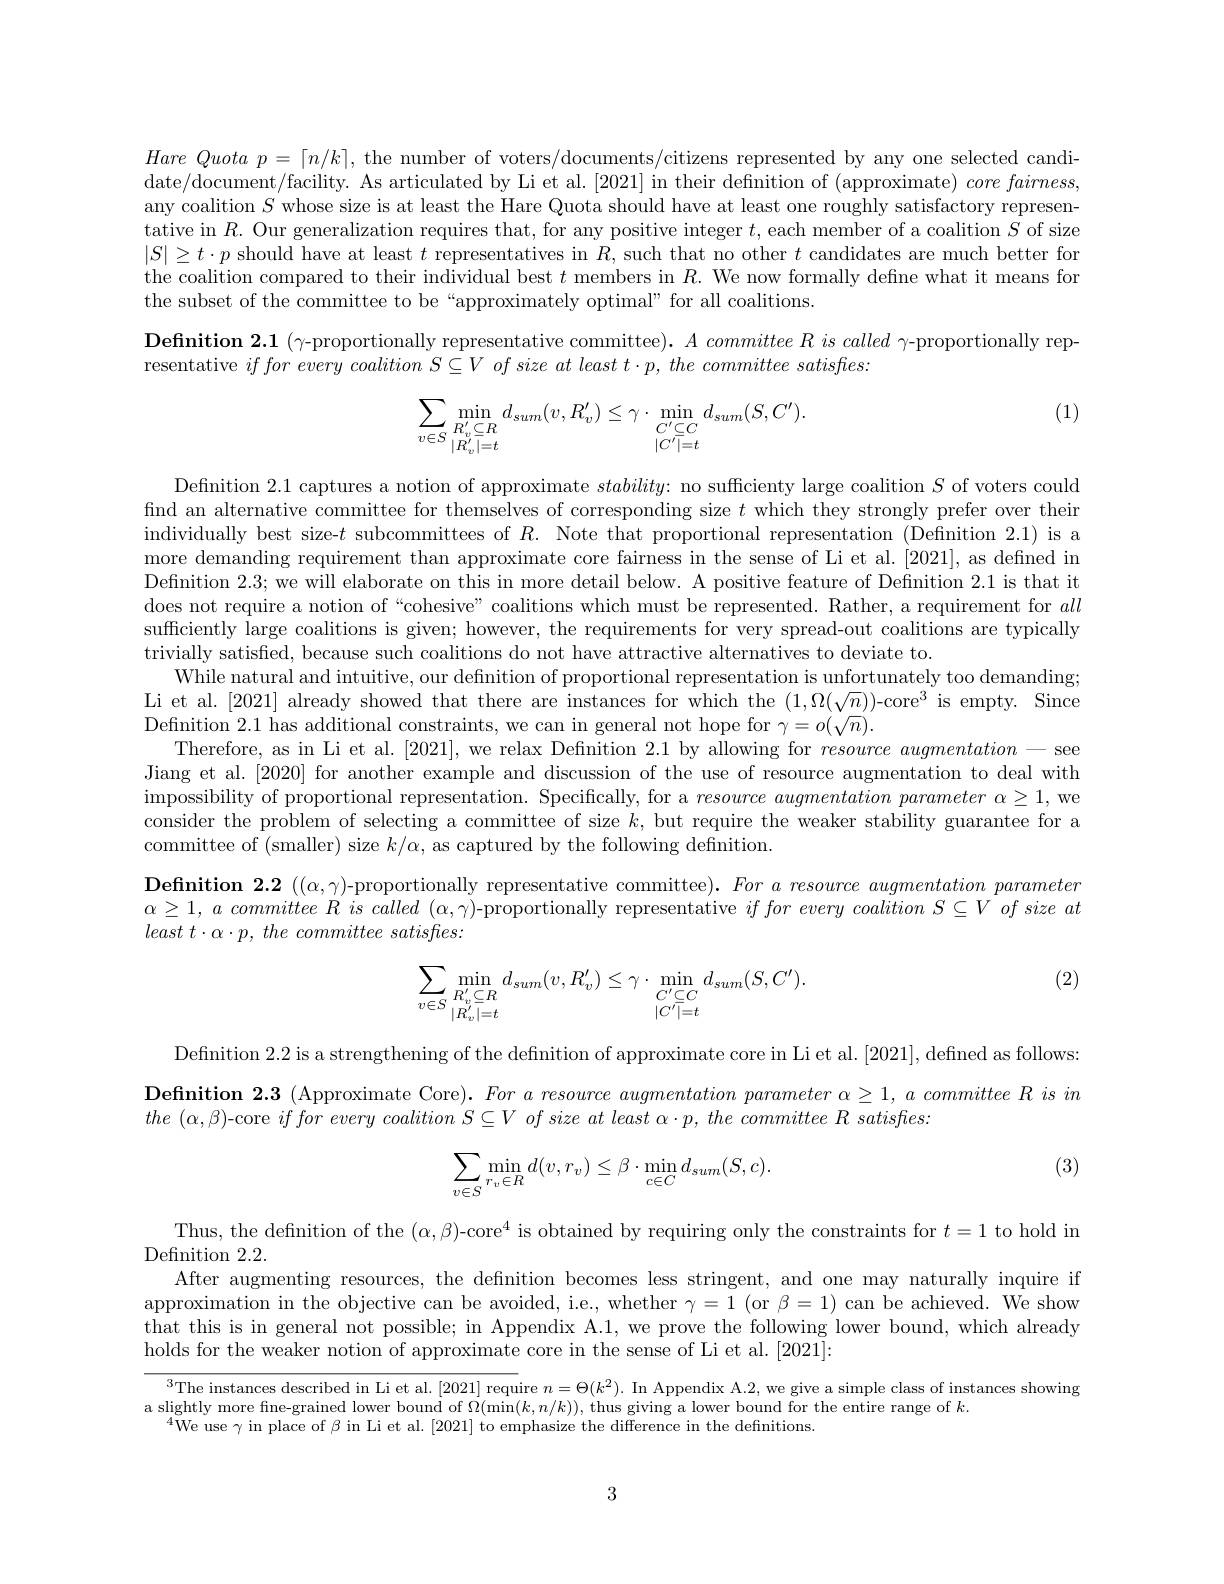
$HareQuotap=\lceil n/k\rceil$, the number of voters/documents/citizens represented by any one selected candidate/ document/ facility. As articulated by Li et al. [ 2021] in their definition of ( approximate) core fairness, any coalition $S$ whose size is at least the Hare Quota should have at least one roughly satisfactory representative in $R.$ Our generalization requires that, for any positive integer $t$, each member of a coalition $S$ of size $|S|\geq t\cdot p$ should have at least $t$ representatives in $R$, such that no other $t$ candidates are much better for the coalition compared to their individual best $t$ members in $R.$ We now formally define what it means for the subset of the committee to be“approximately optimal”for all coalitions.

$\textbf{Definition 2. 1 ( - proportionally representative committee) . }A\textit{ committee R is called - proportionally rep- }$
resentative $if\textit{for every coalition S}\subseteq V\textit{ of size at least t}\cdot p, \textit{the committee satisfles: }$

(1)
$$\sum_{v\in S}\min\limits_{\substack{R_v^{'}\subseteq R\\|R_v^{'}|=t}}d_{sum}(v,R_v^{\prime})\leq\gamma\cdot\min\limits_{\substack{C^{'}\subseteq C\\|C^{'}|=t}}d_{sum}(S,C^{\prime}).$$
Definition 2.1 captures a notion of approximate $stability:$ no sufficienty large coalition $S$ of voters could fnd an alternative committee for themselves of corresponding size $t$ which they strongly prefer over their individually best size-$t$ subcommittees of $R.$ Note that proportional representation (Defnition 2.1) is a more demanding requirement than approximate core fairness in the sense of Li et al.[2021], as defned in Defnition 2.3; we will elaborate on this in more detail below. A positive feature of Definition 2.1 is that it does not require a notion of “cohesive” coalitions which must be represented. Rather, a requirement for all suffciently large coalitions is given; however, the requirements for very spread-out coalitions are typically trivially satisfied, because such coalitions do not have attractive alternatives to deviate to.
While natural and intuitive, our defnition of proportional representation is unfortunately too demanding; Li et al.[2021] already showed that there are instances for which the $(1,\Omega(\sqrt{n}))$-core$^3$ is empty. Since Definition 2.1 has additional constraints, we can in general not hope for $\gamma=o(\sqrt{n}).$
Therefore, as in Li et al.[2021], we relax Definition 2.1 by allowing for $resource\textit{augmentation}-$see Jiang et al.[2020] for another example and discussion of the use of resource augmentation to deal with impossibility of proportional representation. Specifically, for a $resource\textit{augmentation parameter }\alpha \geq 1$, we consider the problem of selecting a committee of size $k$, but require the weaker stability guarantee for a committee of (smaller) size $k/\alpha$, as captured by the following definition.
Definition $\mathbf{2.2~((\alpha,\gamma)-proportionally~representative~committee).For~a~resource~augmentation~parameter}$ $\alpha \geq 1, a\textit{ committee R is called }( \alpha , \gamma )$-proportionally representative $if\textit{for every coalition S}\subseteq V\textit{of size at}$ least $t\cdot \alpha \cdot p$, the committee $satisfles:$

(2)
$$\sum\limits_{v\in S}\min\limits_{\substack{R_v^{'}\subseteq R\\|R_v^{'}|=t}}d_{sum}(v,R_v^{\prime})\leq\gamma\cdot\min\limits_{\substack{C^{'}\subseteq C\\|C^{'}|=t}}d_{sum}(S,C^{\prime}).$$
Definition 2.2 is a strengthening of the definition of approximate core in Li et al. [2021], defined as follows: Definition 2.3 (Approximate Core). For $a\textit{ resource augmentation parameter }\alpha \geq 1, a\textit{ committee R is in}$ the $( \alpha , \beta )$-core $if\textit{for every coalition S}\subseteq V\textit{ of size at least }\alpha \cdot p, the\textit{ committee R satisfies: }$

(3)
$$\begin{aligned}\sum_{v\in S}\min_{r_v\in R}d(v,r_v)\leq\beta\cdot\min_{c\in C}d_{sum}(S,c).\end{aligned}$$
Thus, the definition of the $(\alpha,\beta)\text{-core}^4$ is obtained by requiring only the constraints for $t=1$ to hold in

${\mathrm{Definition~2.2.}}$
After augmenting resources, the definition becomes less stringent, and one may naturally inquire if approximation in the objective can be avoided, i.e., whether $\gamma=\tilde{1}\left(\mathrm{or~}\beta=1\right)$ can be achieved. We show that this is in general not possible; in Appendix A.1, we prove the following lower bound, which already holds for the weaker notion of approximate core in the sense of Li et al. [2021]:

$^{3}$The instances described in Li et al.[2021] require $n=\Theta(k^2).$ In Appendix A.2, we give a simple class of instances showing
a slightly more fine-grained lower bound of $\Omega(\min(k,n/k))$, thus giving a lower bound for the entire range of $k.$
$^{4}$We use$\gamma$ in place of $\beta$ in Li et al. [2021] to emphasize the difference in the definitions

3